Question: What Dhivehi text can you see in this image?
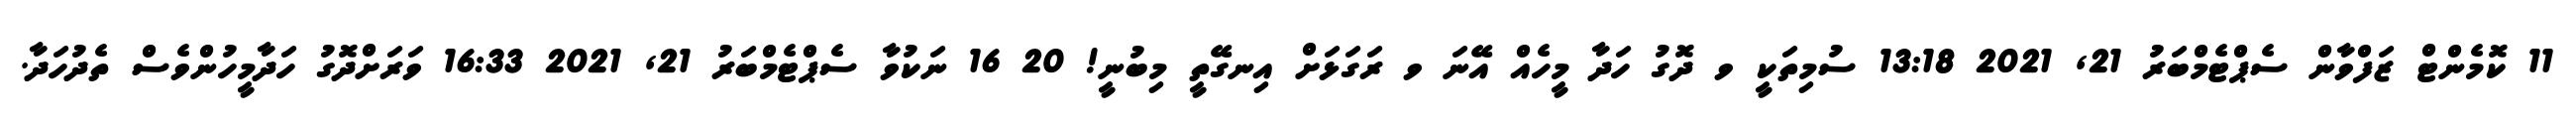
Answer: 11 ކޮމެންޓް ޒަފްވާން ސެޕްޓެމްބަރު 21, 2021 13:18 ސުމިތަކީ ވ ދޮގު ހަދާ މީހެއް އޭނަ ވ ރަގަޅަށް އިނގޭތީ މިބުނީ! 20 16 ނަކުވާ ސެޕްޓެމްބަރު 21, 2021 16:33 ވަރަށްދޮގު ހަދާމީހުންވެސް ތެދުހަދާ.